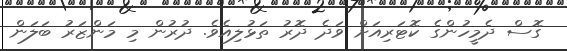
ގޮސް ދެމީހުންގެ ކޮޓަރިއަށް ވަދެ ދޮރު ތަޅުލިއެވެ. ދުރުން މި މަންޒަރު ބަލަން